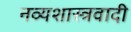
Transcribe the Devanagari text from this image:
नव्यशास्त्रवादी